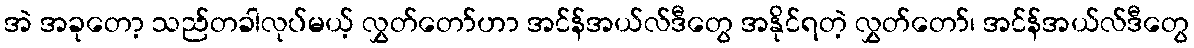
အဲ အခုတော့ သည်တခါလုပ်မယ့် လွှတ်တော်ဟာ အင်န်အယ်လ်ဒီတွေ အနိုင်ရတဲ့ လွှတ်တော်၊ အင်န်အယ်လ်ဒီတွေ